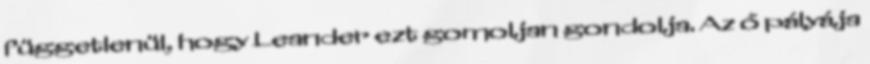
függetlenül, hogy Leander ezt gomoljan gondolja. Az ő pályája